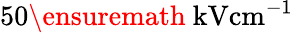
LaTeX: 50\ensuremath{~\mathrm{kV}\mathrm{cm}^{-1}}